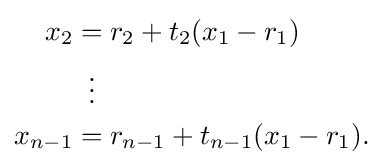
{\begin{aligned}x_{2}&=r_{2}+t_{2}(x_{1}-r_{1})\\&\;\;\vdots \\x_{n-1}&=r_{n-1}+t_{n-1}(x_{1}-r_{1}).\end{aligned}}